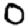
Digit: 0